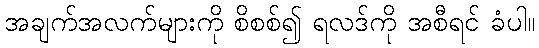
အချက်အလက်များကို စိစစ်၍ ရလဒ်ကို အစီရင် ခံပါ။